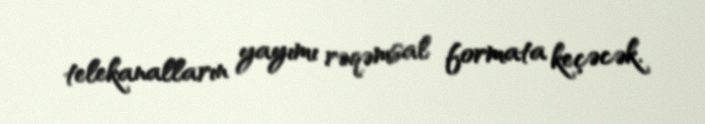
telekanalların yayımı rəqəmsal formata keçəcək.